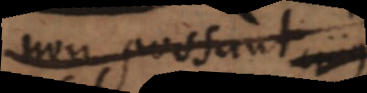
non possunt